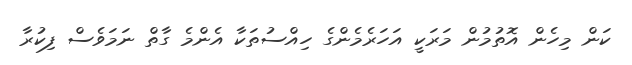
ކަން މިހެން އޮތުމުން މަރަކީ އަހަރެމެންގެ ހިއްސުތަކާ އެންމެ ގާތް ނަމަވެސް ފިކުރާ